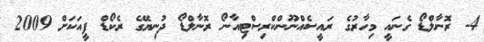
4- ރޮނާލްޑޯ ގެނައީ މިހާރުގެ ރައީސެއްނޫންކްރިސްޓިއާނޯ ރޮނާލްޑޯ ދުނިޔޭގެ ރެކޯޑް ފީއަކަށް 2009